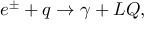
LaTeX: e ^ { \pm } + q \rightarrow \gamma + L Q ,